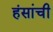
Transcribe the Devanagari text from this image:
हंसांची